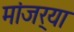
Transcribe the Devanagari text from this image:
मांजर्‍या